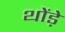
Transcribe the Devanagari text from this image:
थोंड़े